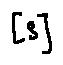
[ s ]